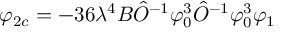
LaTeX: \varphi _ { 2 c } = - 3 6 \lambda ^ { 4 } B \hat { O } ^ { - 1 } \varphi _ { 0 } ^ { 3 } \hat { O } ^ { - 1 } \varphi _ { 0 } ^ { 3 } \varphi _ { 1 }